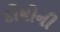
દોષોની